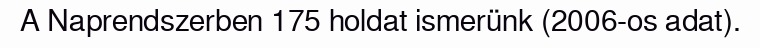
A Naprendszerben 175 holdat ismerünk (2006-os adat).